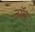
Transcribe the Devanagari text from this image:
ठॉस